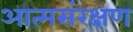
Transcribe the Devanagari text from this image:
आत्मसंरक्षण